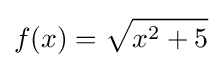
f(x)={\sqrt {x^{2}+5}}